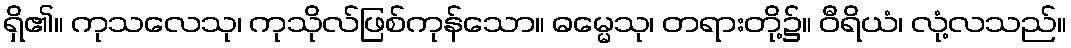
ရှိ၏။ ကုသလေသု၊ ကုသိုလ်ဖြစ်ကုန်သော။ ဓမ္မေသု၊ တရားတို့၌။ ဝီရိယံ၊ လုံ့လသည်။